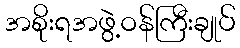
အစိုးရအဖွဲ့ဝန်ကြီးချုပ်